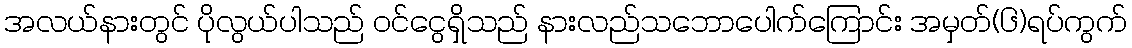
အလယ်နားတွင် ပိုလွယ်ပါသည် ဝင်ငွေရှိသည် နားလည်သဘောပေါက်ကြောင်း အမှတ်(၆)ရပ်ကွက်